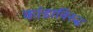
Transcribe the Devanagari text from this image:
कांडाविरुद्ध